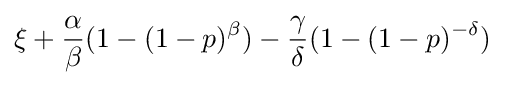
\xi +{\frac {\alpha }{\beta }}(1-(1-p)^{\beta })-{\frac {\gamma }{\delta }}(1-(1-p)^{-\delta })